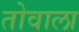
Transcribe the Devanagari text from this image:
तोवाला